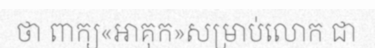
ថា ពាក្យ«អាគុក»សម្រាប់លោក ជា